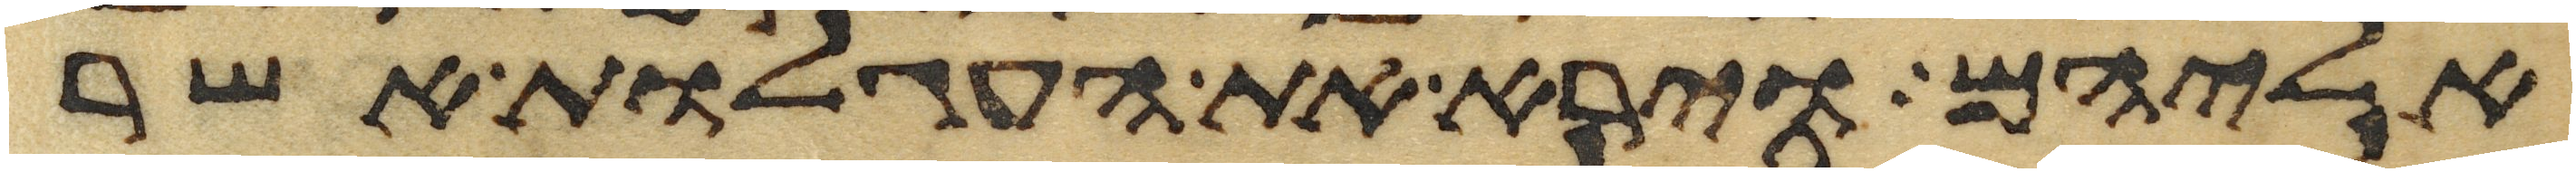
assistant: אליהם וירא את העגלות אשר